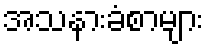
အသနားခံစာများ